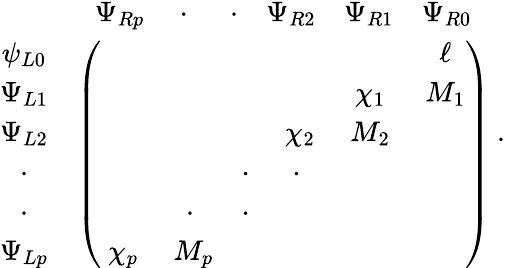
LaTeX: \begin{array}{cc}{{}}&{{\begin{array}{cccccc}{{\Psi_{Rp}}}&{{~\cdot}}&{{~~\cdot}}&{{\Psi_{R2}}}&{{\Psi_{R1}}}&{{\Psi_{R0}}}\end{array}}}\\ {{\begin{array}{c}{{\psi_{L0}}}\\ {{\Psi_{L1}}}\\ {{\Psi_{L2}}}\\ {{\cdot}}\\ {{\cdot}}\\ {{\Psi_{Lp}}}\end{array}}}&{{\left(\begin{array}{cccccc}{{}}&{{}}&{{}}&{{}}&{{}}&{{~\ell}}\\ {{}}&{{}}&{{}}&{{}}&{{~\chi_{1}}}&{{~M_{1}}}\\ {{}}&{{}}&{{}}&{{~\chi_{2}}}&{{~M_{2}}}&{{}}\\ {{}}&{{}}&{{\cdot}}&{{\cdot}}&{{}}&{{}}\\ {{}}&{{\cdot}}&{{\cdot}}&{{}}&{{}}&{{}}\\ {{~\chi_{p}}}&{{~M_{p}}}&{{}}&{{}}&{{}}\end{array}\right)}}\end{array}~.